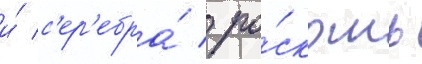
и́ с'ер'ебра́ / ро́скошь